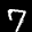
Label: 7